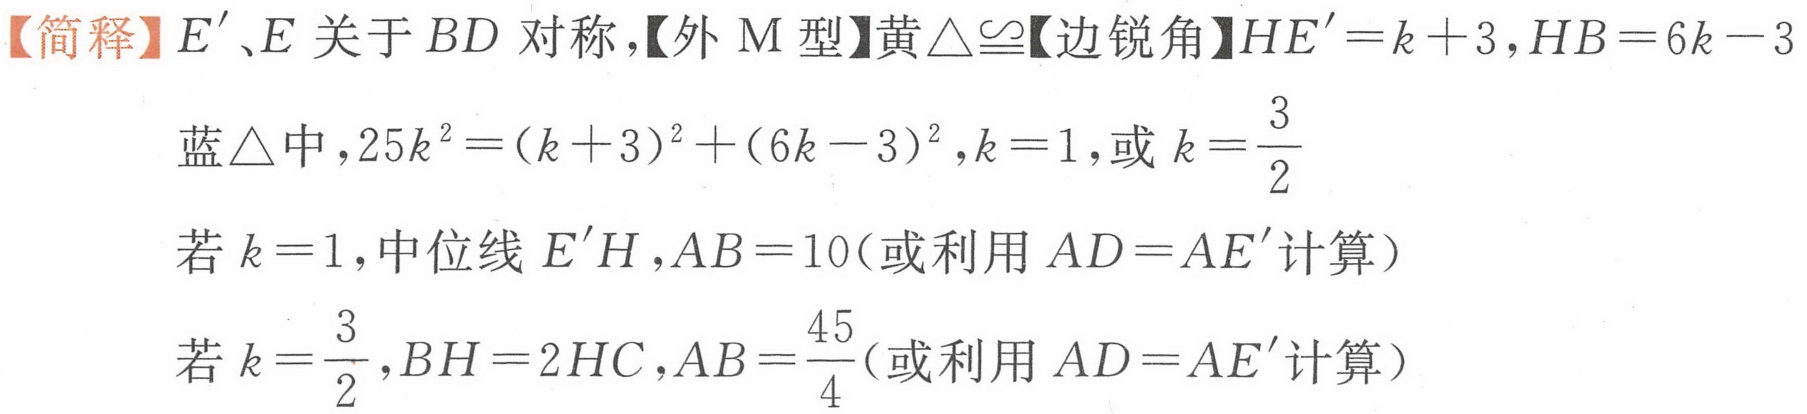
【简释】$E'$、$E$关于$BD$对称,【外$\text{M}$型】黄$\triangle\cong$【边锐角】$HE'=k + 3,HB = 6k - 3$
蓝$\triangle$中,$25k^{2}=(k + 3)^{2}+(6k - 3)^{2},k = 1$,或$k=\frac{3}{2}$
若$k = 1$,中位线$E'H,AB = 10$(或利用$AD = AE'$计算）
若$k=\frac{3}{2},BH = 2HC,AB=\frac{45}{4}$(或利用$AD = AE'$计算）